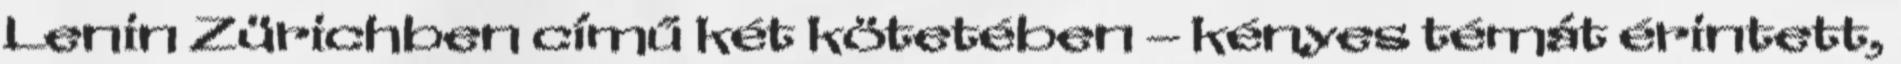
Lenin Zürichben című két kötetében – kényes témát érintett,